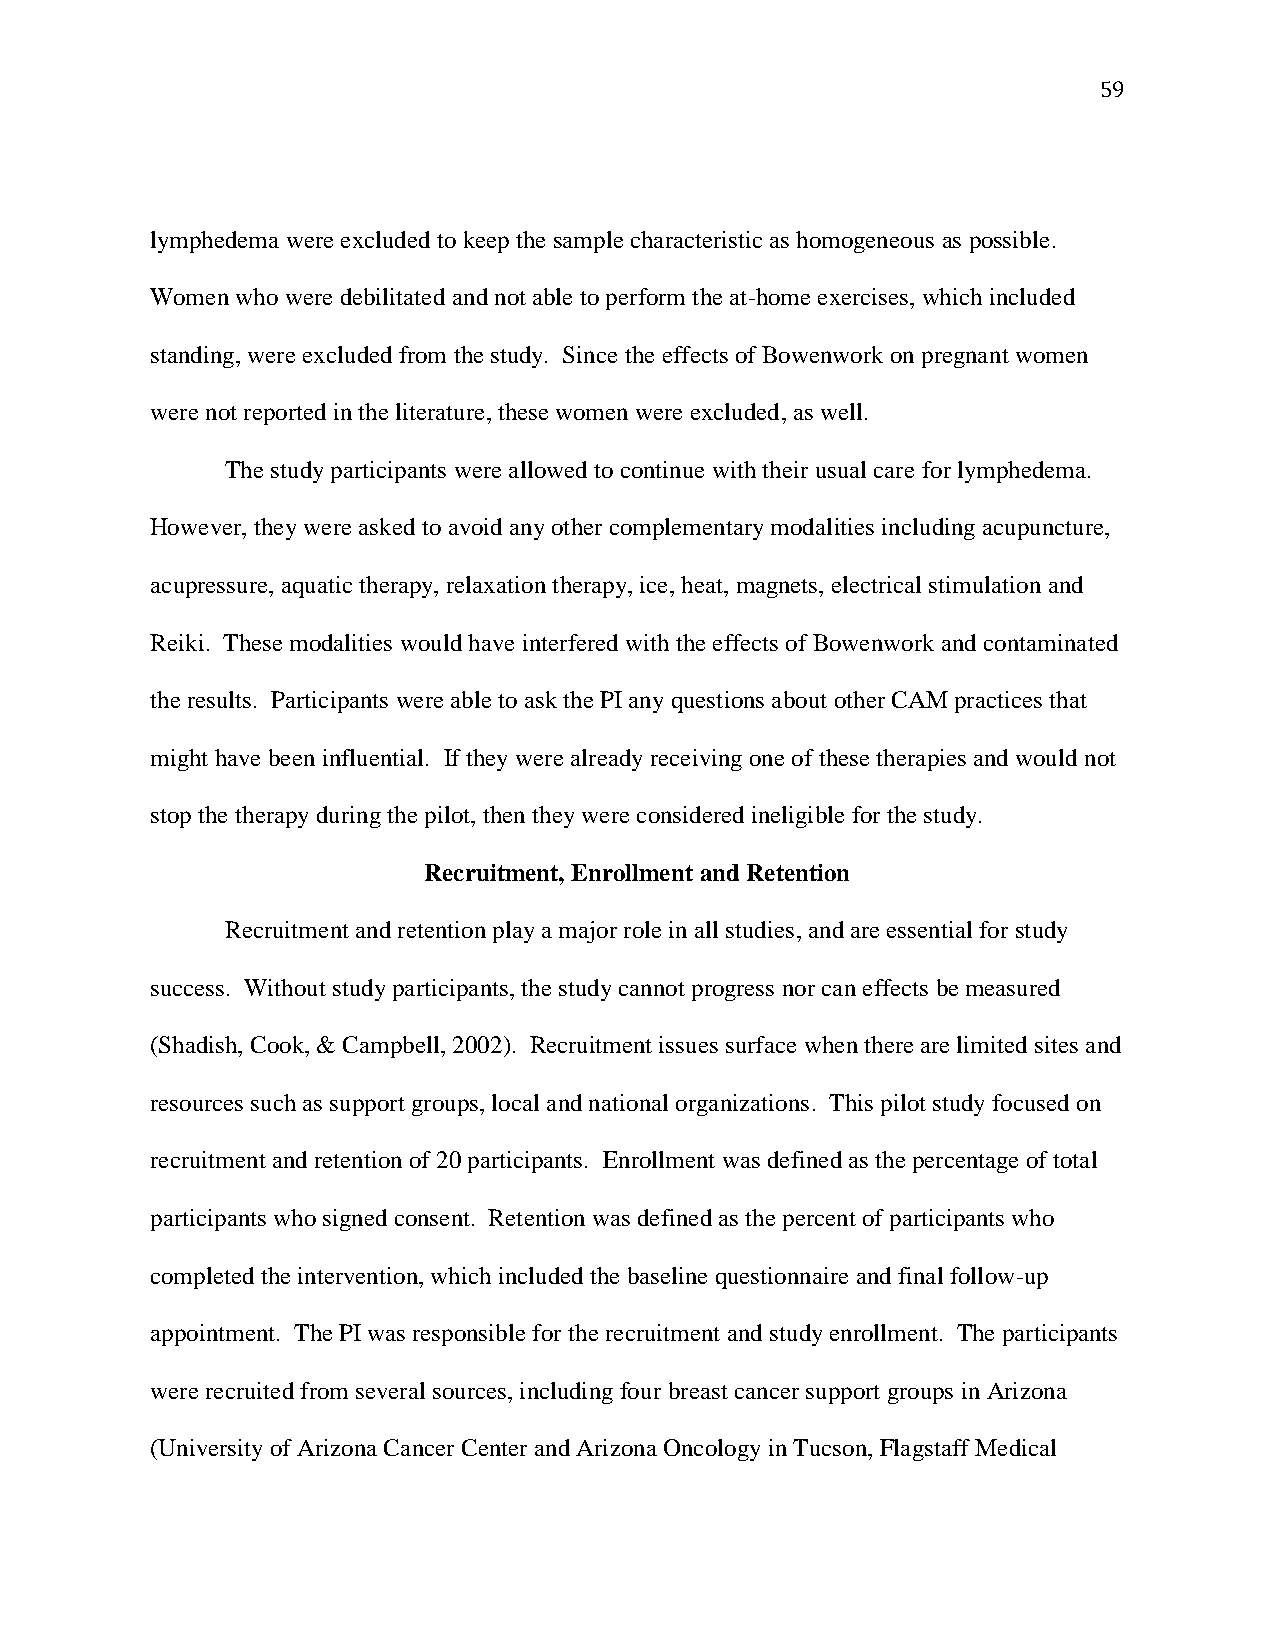
59
 lymphedema were excluded to keep the sample characteristic as homogeneous as possible.
 Women who were debilitated and not able to perform the at-home exercises, which included
 standing, were excluded from the study. Since the effects of Bowenwork on pregnant women
 were not reported in the literature, these women were excluded, as well.
 The study participants were allowed to continue with their usual care for lymphedema.
 However, they were asked to avoid any other complementary modalities including acupuncture,
 acupressure, aquatic therapy, relaxation therapy, ice, heat, magnets, electrical stimulation and
 Reiki. These modalities would have interfered with the effects of Bowenwork and contaminated
 the results. Participants were able to ask the PI any questions about other CAM practices that
 might have been influential. If they were already receiving one of these therapies and would not
 stop the therapy during the pilot, then they were considered ineligible for the study.
 Recruitment, Enrollment and Retention
 Recruitment and retention play a major role in all studies, and are essential for study
 success. Without study participants, the study cannot progress nor can effects be measured
 (Shadish, Cook, & Campbell, 2002). Recruitment issues surface when there are limited sites and
 resources such as support groups, local and national organizations. This pilot study focused on
 recruitment and retention of 20 participants. Enrollment was defined as the percentage of total
 participants who signed consent. Retention was defined as the percent of participants who
 completed the intervention, which included the baseline questionnaire and final follow-up
 appointment. The PI was responsible for the recruitment and study enrollment. The participants
 were recruited from several sources, including four breast cancer support groups in Arizona
 (University of Arizona Cancer Center and Arizona Oncology in Tucson, Flagstaff Medical